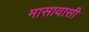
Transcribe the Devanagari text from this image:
मासायासी